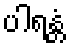
ပါရန္တံ